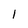
Character: 1